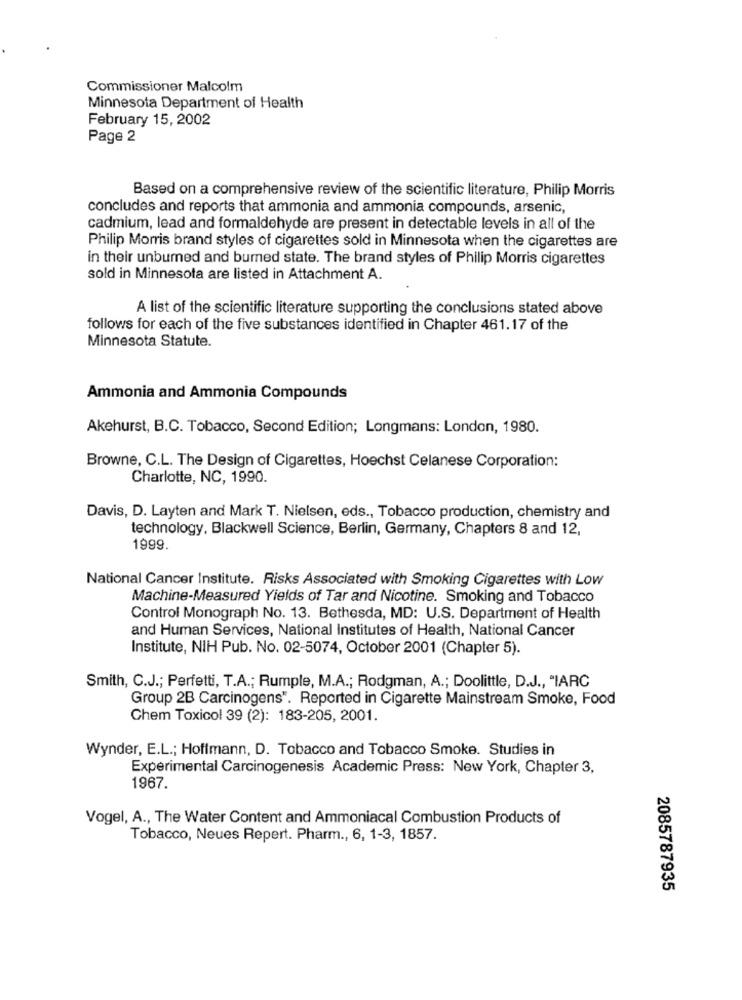
Commissioner Malcolm
Minnesota Department of Health
February 15, 2002
Page 2
Based on a comprehensive review of the scientific literature, Philip Morris
concludes and reports that ammonia and ammonia compounds, arsenic,
cadmium, lead and formaldehyde are present in detectable levels in all of the
Philip Morris brand styles of cigarettes sold in Minnesota when the cigarettes are
in their unburned and burned state. The brand styles of Philip Morris cigarettes
sold in Minnesota are listed in Attachment A.
A list of the scientific literature supporting the conclusions stated above
follows for each of the five substances identified in Chapter 461.17 of the
Minnesota Statute.
Ammonia and Ammonia Compounds
Akehurst, B.C. Tobacco, Second Edition; Longmans: London, 1980.
Browne, C.L. The Design of Cigarettes, Hoechst Celanese Corporation:
Charlotte, NC, 1990.
Davis, D. Layten and Mark T. Nielsen, eds ., Tobacco production, chemistry and
technology, Blackwell Science, Berlin, Germany, Chapters 8 and 12,
1999.
National Cancer Institute. Risks Associated with Smoking Cigarettes with Low
Machine-Measured Yields of Tar and Nicotine. Smoking and Tobacco
Control Monograph No. 13. Bethesda, MD: U.S. Department of Health
and Human Services, National Institutes of Health, National Cancer
Institute, NIH Pub. No. 02-5074, October 2001 (Chapter 5).
Smith, C.J .; Perfetti, T.A .; Rumple, M.A .; Rodgman, A .; Doolittle, D.J ., "IARC
Group 2B Carcinogens". Reported in Cigarette Mainstream Smoke, Food
Chem Toxicol 39 (2): 183-205, 2001.
Wynder, E.L .; Hoffmann, D. Tobacco and Tobacco Smoke. Studies in
Experimental Carcinogenesis Academic Press: New York, Chapter 3,
1967.
Vogel, A ., The Water Content and Ammoniacal Combustion Products of
Tobacco, Neues Repert. Pharm ., 6, 1-3, 1857.
2085787935